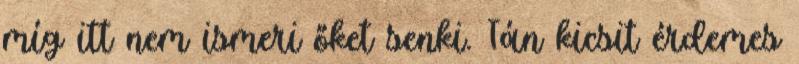
míg itt nem ismeri őket senki. Tán kicsit érdemes